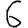
Digit: 6